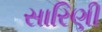
સારિણી